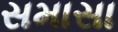
સમાસા